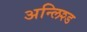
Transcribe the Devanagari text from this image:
अन्लिश्ड